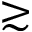
\gtrsim